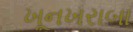
ખૂનખરાબા